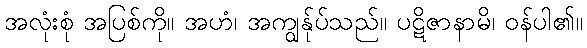
အလုံးစုံ အပြစ်ကို။ အဟံ၊ အကျွန်ုပ်သည်။ ပဋိဇာနာမိ၊ ဝန်ပါ၏။